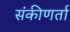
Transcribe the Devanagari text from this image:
संकीणर्ता